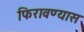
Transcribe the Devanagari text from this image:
फिरावण्यास